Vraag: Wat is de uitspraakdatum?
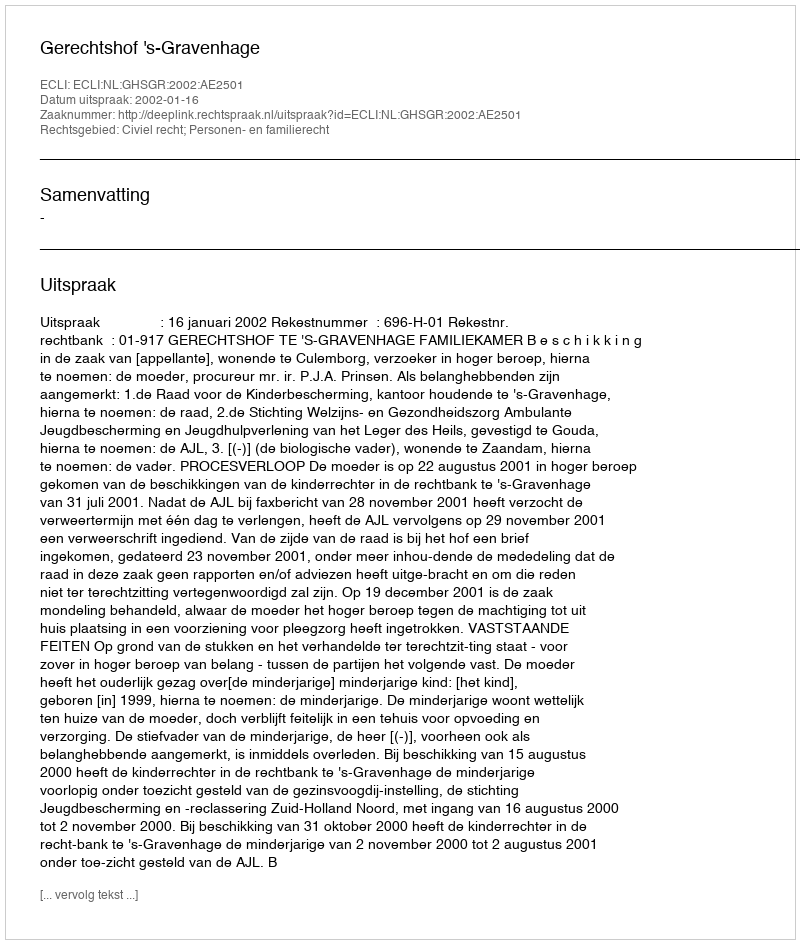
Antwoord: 2002-01-16